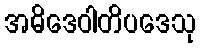
အဓိဒေဝါတိပဒေသု